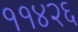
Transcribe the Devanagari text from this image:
११४२६